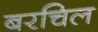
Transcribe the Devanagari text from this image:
बरचिल